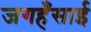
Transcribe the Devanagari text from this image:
जगहँसाई